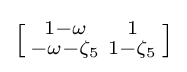
\left[{\begin{smallmatrix}1-\omega &1\\-\omega -\zeta _{5}&1-\zeta _{5}\end{smallmatrix}}\right]